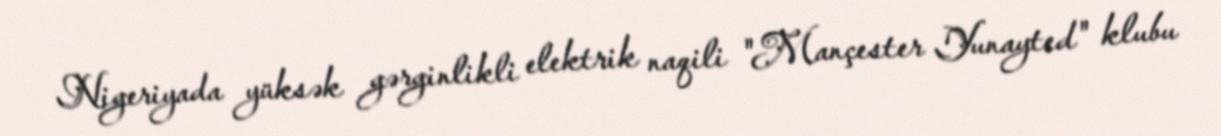
Nigeriyada yüksək gərginlikli elektrik naqili "Mançester Yunayted" klubu